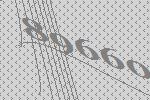
89660